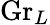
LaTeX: \mathrm{Gr}_{L}